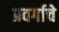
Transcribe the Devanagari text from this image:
प्रवर्गाचे